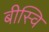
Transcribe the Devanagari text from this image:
बीस्वि